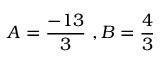
A = { \frac { - 1 3 } { 3 } } \ , B = { \frac { 4 } { 3 } }